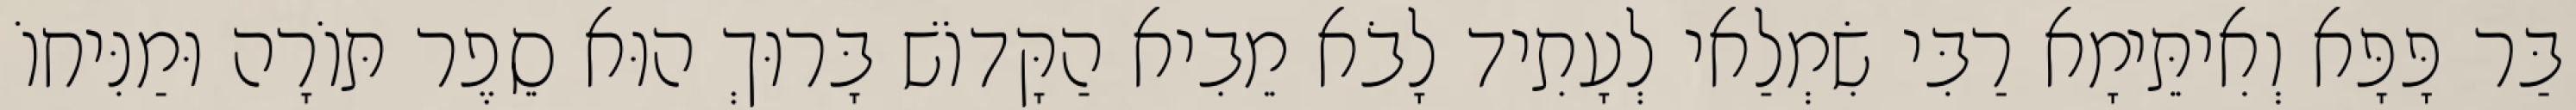
בַּר פָּפָּא וְאִיתֵּימָא רַבִּי שִׂמְלַאי לְעָתִיד לָבֹא מֵבִיא הַקָּדוֹשׁ בָּרוּךְ הוּא סֵפֶר תּוֹרָה וּמַנִּיחוֹ